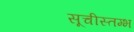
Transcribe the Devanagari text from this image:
सूचीस्तम्भ